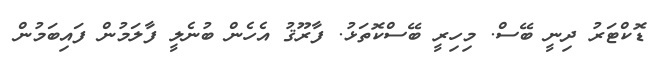
ޑޮކްޓަރު ދިނީ ބޭސް. މިހިރީ ބޭސްކޮތަޅު. ފާރޫޤު އެހެން ބުނެލީ ފާލަމުން ފައިބަމުން